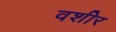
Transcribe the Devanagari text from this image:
वशीर